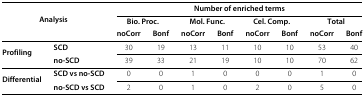
<table><thead><tr><td><b> </b></td><td><b> </b></td><td colspan="8"><b>Number of enriched terms</b></td></tr><tr><td colspan="2"><b>Analysis</b></td><td colspan="2"><b>Bio. Proc.</b></td><td colspan="2"><b>Mol. Func.</b></td><td colspan="2"><b>Cel. Comp.</b></td><td colspan="2"><b>Total</b></td></tr><tr><td><b> </b></td><td><b> </b></td><td><b>noCorr</b></td><td><b>Bonf</b></td><td><b>noCorr</b></td><td><b>Bonf</b></td><td><b>noCorr</b></td><td><b>Bonf</b></td><td><b>noCorr</b></td><td><b>Bonf</b></td></tr></thead><tbody><tr><td rowspan="2"><b>Profiling</b></td><td><b>SCD</b></td><td>30</td><td>19</td><td>13</td><td>11</td><td>10</td><td>10</td><td>53</td><td>40</td></tr><tr><td><b>no-SCD</b></td><td>39</td><td>33</td><td>21</td><td>19</td><td>10</td><td>10</td><td>70</td><td>62</td></tr><tr><td rowspan="2"><b>Differential</b></td><td><b>SCD vs no-SCD</b></td><td>0</td><td>0</td><td>1</td><td>0</td><td>0</td><td>0</td><td>1</td><td>0</td></tr><tr><td><b>no-SCD vs SCD</b></td><td>2</td><td>0</td><td>1</td><td>0</td><td>2</td><td>0</td><td>5</td><td>0</td></tr></tbody></table>